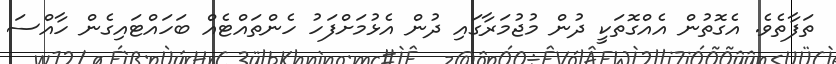
ތަފާތެވެ. އެގޮތުން އެއްގޮތަކީ ދުން މުޖުމަރާގައި ދުން އެޅުމަށްފަހު ހެންތައްޓެއް ބަހައްޓައިގެން ހާއްސަ